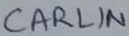
Text: CARLIN